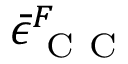
\bar { \epsilon } _ { \mathrm { ~ C ~ C ~ } } ^ { F }